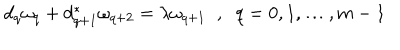
d _ { q } \omega _ { q } + d _ { q + 1 } ^ { * } \omega _ { q + 2 } = \lambda \omega _ { q + 1 } \; \; , \; \; q = 0 , 1 , \dots , m - 1